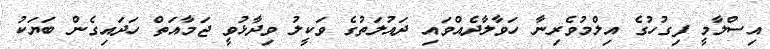
އިސްލާމީ ފިގުހުގެ އިލްމުވެރިނާ ހަވާލާދެއްވައި ދައުލަތުގެ ވަކީލު ވިދާޅުވީ ޖަމާއަތް ހަދައިގެން ބަޔަކު